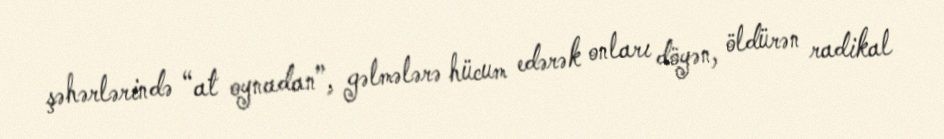
şəhərlərində “at oynadan”, gəlmələrə hücum edərək onları döyən, öldürən radikal